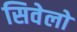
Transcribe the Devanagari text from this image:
सिवेलो